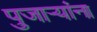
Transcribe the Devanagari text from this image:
पुजाऱ्यांना